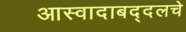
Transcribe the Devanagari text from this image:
आस्वादाबद्दलचे